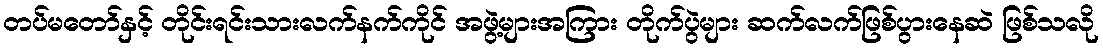
တပ်မတော်နှင့် တိုင်းရင်းသားလက်နက်ကိုင် အဖွဲ့များအကြား တိုက်ပွဲများ ဆက်လက်ဖြစ်ပွားနေဆဲ ဖြစ်သလို